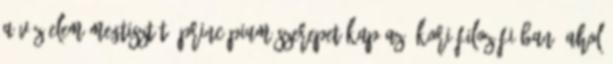
a víz-elem megtisztító-princípium szerepet kap az ókori filozófiában, ahol